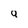
Character: Q